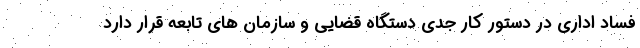
فساد اداری در دستور کار جدی دستگاه قضایی و سازمان های تابعه قرار دارد